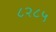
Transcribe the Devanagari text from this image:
८२८५